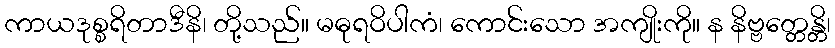
ကာယဒုစ္စရိတာဒီနိ၊ တို့သည်။ မဓုရဝိပါကံ၊ ကောင်းသော အကျိုးကို။ န နိဗ္ဗတ္တေန္တိ၊